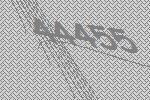
44455